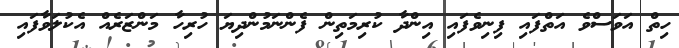
ހިތް އަވަސްވެ އަތްފައި ފިނިވެފައި އިންދާ ކުރިމަތިން ފެންނަމުންދިޔަ ހުރިހާ މަންޒަރެއް އެކުލަވާފައި